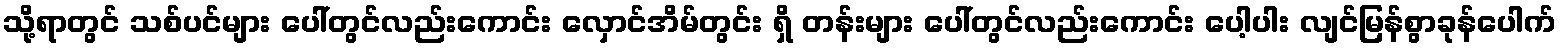
သို့ရာတွင် သစ်ပင်များ ပေါ်တွင်လည်းကောင်း လှောင်အိမ်တွင်း ရှိ တန်းများ ပေါ်တွင်လည်းကောင်း ပေါ့ပါး လျင်မြန်စွာခုန်ပေါက်